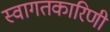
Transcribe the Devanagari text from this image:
स्वागतकारिणी